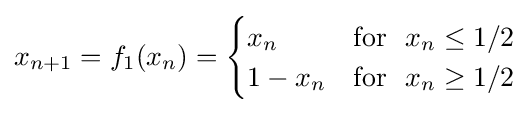
x_{n+1}=f_{1}(x_{n})={\begin{cases}x_{n}&\mathrm {for} ~~x_{n}\leq 1/2\\1-x_{n}&\mathrm {for} ~~x_{n}\geq 1/2\end{cases}}